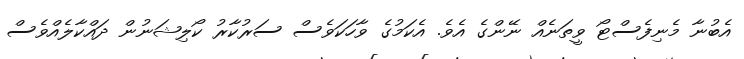
އެބުނާ މެނިފެސްޓޯ ވީތަނެއް ނޭންގެ އެވެ. އެކަމުގެ ވާާހަކަވެސް ސަރުކާރު ކޯލިޝަނުން ދައްކާލެއްވެސް